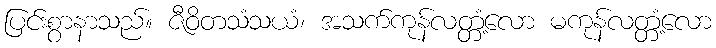
ပြင်းစွာနာသည်။ ဇီဝိတသံသယံ၊ အသက်ကုန်လတ္တံ့လော မကုန်လတ္တံ့လော